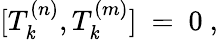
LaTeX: [T_{\mathit{k}}^{(n)},T_{\mathit{k}}^{(m)}]\ =\ 0\ ,